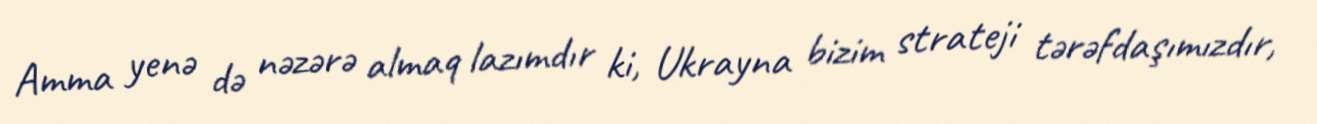
Amma yenə də nəzərə almaq lazımdır ki, Ukrayna bizim strateji tərəfdaşımızdır,